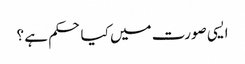
ایسی صورت میں کیا حکم ہے ؟